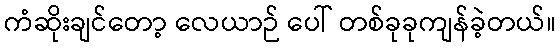
ကံဆိုးချင်တော့ လေယာဉ် ပေါ် တစ်ခုခုကျန်ခဲ့တယ်။